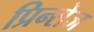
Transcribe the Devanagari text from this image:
प्रिन्सेज